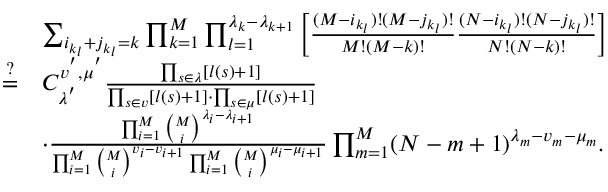
\begin{array} { r l } & { \sum _ { i _ { k _ { l } } + j _ { k _ { l } } = k } \prod _ { k = 1 } ^ { M } \prod _ { l = 1 } ^ { \lambda _ { k } - \lambda _ { k + 1 } } \left[ \frac { ( M - i _ { k _ { l } } ) ! ( M - j _ { k _ { l } } ) ! } { M ! ( M - k ) ! } \frac { ( N - i _ { k _ { l } } ) ! ( N - j _ { k _ { l } } ) ! } { N ! ( N - k ) ! } \right] } \\ { \stackrel { ? } { = } } & { C _ { \lambda ^ { ' } } ^ { v ^ { ' } , \mu ^ { ' } } \frac { \prod _ { s \in \lambda } [ l ( s ) + 1 ] } { \prod _ { s \in v } [ l ( s ) + 1 ] \cdot \prod _ { s \in \mu } [ l ( s ) + 1 ] } } \\ & { \cdot \frac { \prod _ { i = 1 } ^ { M } \binom { M } { i } ^ { \lambda _ { i } - \lambda _ { i + 1 } } } { \prod _ { i = 1 } ^ { M } \binom { M } { i } ^ { v _ { i } - v _ { i + 1 } } \prod _ { i = 1 } ^ { M } \binom { M } { i } ^ { \mu _ { i } - \mu _ { i + 1 } } } \prod _ { m = 1 } ^ { M } ( N - m + 1 ) ^ { \lambda _ { m } - v _ { m } - \mu _ { m } } . } \end{array}